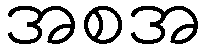
အစအ